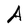
Character: A